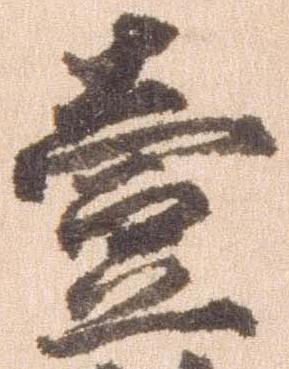
壱